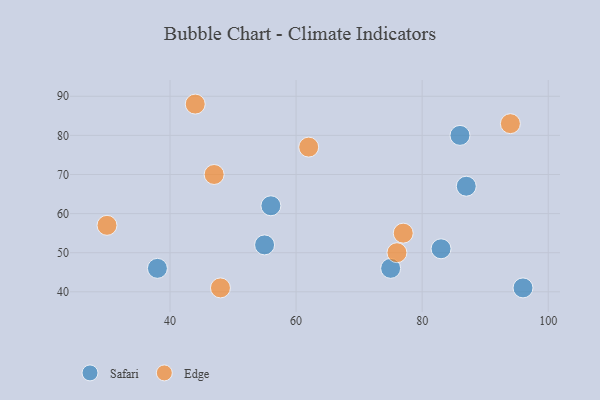
{"axis": {"x": "GDP", "y": "Life Expectancy"}, "legend": ["Edge", "Safari"], "data": [{"x": "87", "y": 67, "type": "Safari"}, {"x": "96", "y": 41, "type": "Safari"}, {"x": "55", "y": 52, "type": "Safari"}, {"x": "83", "y": 51, "type": "Safari"}, {"x": "75", "y": 46, "type": "Safari"}, {"x": "56", "y": 62, "type": "Safari"}, {"x": "86", "y": 80, "type": "Safari"}, {"x": "38", "y": 46, "type": "Safari"}, {"x": "76", "y": 50, "type": "Edge"}, {"x": "48", "y": 41, "type": "Edge"}, {"x": "77", "y": 55, "type": "Edge"}, {"x": "94", "y": 83, "type": "Edge"}, {"x": "44", "y": 88, "type": "Edge"}, {"x": "62", "y": 77, "type": "Edge"}, {"x": "30", "y": 57, "type": "Edge"}, {"x": "47", "y": 70, "type": "Edge"}]}